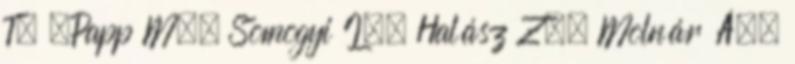
T. –Papp M., Somogyi I., Halász Z., Molnár Á.,